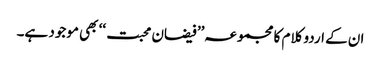
ان کے اردو کلام کا مجموعہ’’ فیضان محبت ‘‘ بھی موجود ہے۔